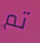
تم